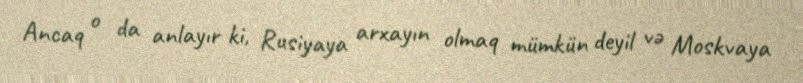
Ancaq o da anlayır ki, Rusiyaya arxayın olmaq mümkün deyil və Moskvaya